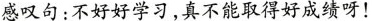
感叹句：不好好学习，真不能取得好成绩呀！